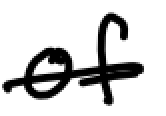
Text: of
Cross-out: single-line
Writing tool: digital_black